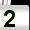
Digit: 2